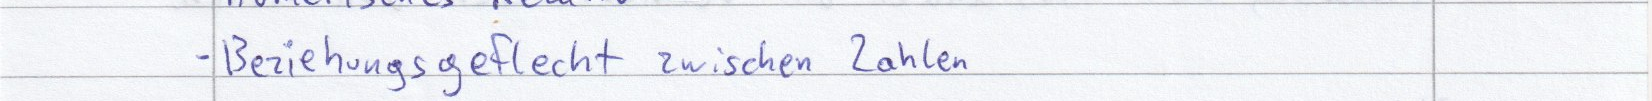
- Beziehungsgeflecht zwischen Zahlen